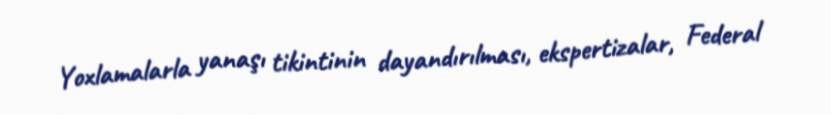
Yoxlamalarla yanaşı tikintinin dayandırılması, ekspertizalar, Federal